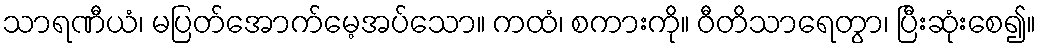
သာရဏီယံ၊ မပြတ်အောက်မေ့အပ်သော။ ကထံ၊ စကားကို။ ဝီတိသာရေတွာ၊ ပြီးဆုံးစေ၍။